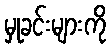
မှုခင်းများကို